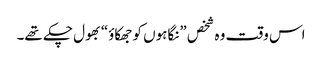
اس وقت وہ شخص ”نگاہوں کو جھکاؤ“ بھول چکے تھے۔